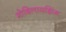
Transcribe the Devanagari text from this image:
मोबिलायझिंग